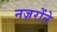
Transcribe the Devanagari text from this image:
नज़रोंने